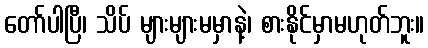
တော်ပါပြီ၊ သိပ် များများမမှာနဲ့၊ စားနိုင်မှာမဟုတ်ဘူး။